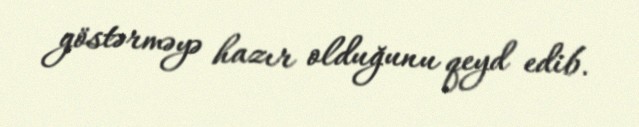
göstərməyə hazır olduğunu qeyd edib.